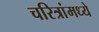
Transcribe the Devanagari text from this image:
चरित्रांमध्ये